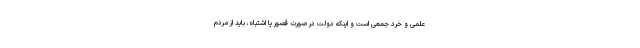
علمی و خرد جمعی است و اینکه دولت در صورت قصور یا اشتباه، باید از مردم